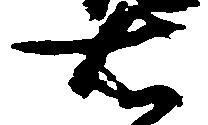
右